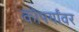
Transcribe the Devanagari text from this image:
कोपर्यांवर